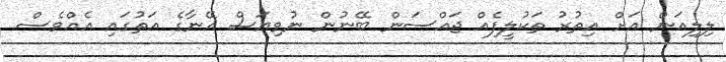
ލިލިއަން އަށް އިތުރު ތަކުލީފެއް ޖައްސަން ބޭނުން ނުވިޔަސް އޭނާގެ އަތުގައި އެއްވެސް